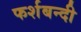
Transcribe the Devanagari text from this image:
फर्शबन्दी